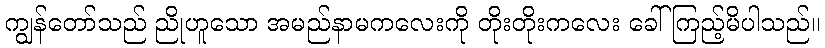
ကျွန်တော်သည် ညိုဟူသော အမည်နာမကလေးကို တိုးတိုးကလေး ခေါ်ကြည့်မိပါသည်။